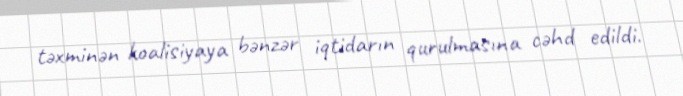
təxminən koalisiyaya bənzər iqtidarın qurulmasına cəhd edildi.